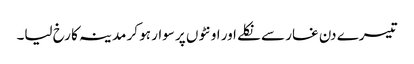
تیسرے دن غار سے نکلے اور اونٹوں پر سوار ہو کر مدینہ کا رخ لیا۔